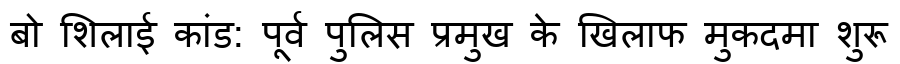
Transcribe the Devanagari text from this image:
बो शिलाई कांड: पूर्व पुलिस प्रमुख के खिलाफ मुकदमा शुरू